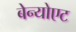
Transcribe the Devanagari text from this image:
बेन्योएट